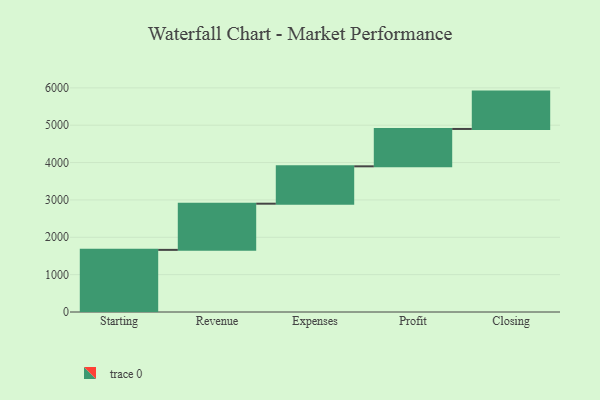
{"axis": {"x": "Step", "y": "Value"}, "legend": [""], "data": [{"x": "Starting", "y": 1663.0, "type": ""}, {"x": "Revenue", "y": 1236.0, "type": ""}, {"x": "Expenses", "y": 1000, "type": ""}, {"x": "Profit", "y": 1000, "type": ""}, {"x": "Closing", "y": 1000, "type": ""}]}